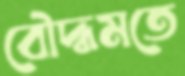
বৌদ্ধমতে